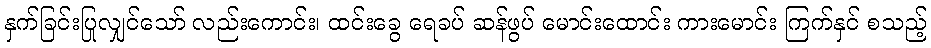
နှက်ခြင်းပြုလျှင်သော် လည်းကောင်း၊ ထင်းခွေ ရေခပ် ဆန်ဖွပ် မောင်းထောင်း ကားမောင်း ကြက်နှင် စသည့်